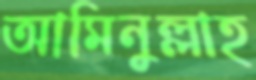
আমিনুল্লাহ